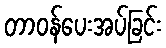
တာဝန်ပေးအပ်ခြင်း